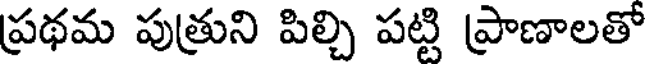
ప్రథమ పుత్రుని పిల్చి పట్టి ప్రాణాలతో